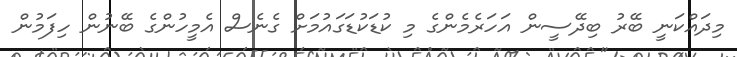
މިދައްކަނީ ބޭރު ބިދޭސީން އަހަރެމެންގެ މި ކުޑަކުޑަގައުމަށް ގެނެސް އެމީހުންގެ ބޭނުން ހިފަމުން